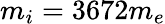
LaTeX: m_{i}=3672m_{e}